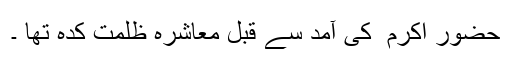
حضور اکرم ۖ کی آمد سے قبل معاشرہ ظلمت کدہ تھا ۔